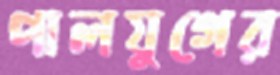
পালযুগের